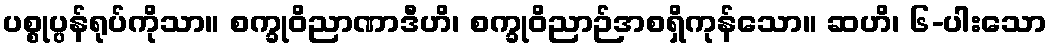
ပစ္စုပ္ပန်ရုပ်ကိုသာ။ စက္ခုဝိညာဏာဒီဟိ၊ စက္ခုဝိညာဉ်အစရှိကုန်သော။ ဆဟိ၊ ၆-ပါးသော